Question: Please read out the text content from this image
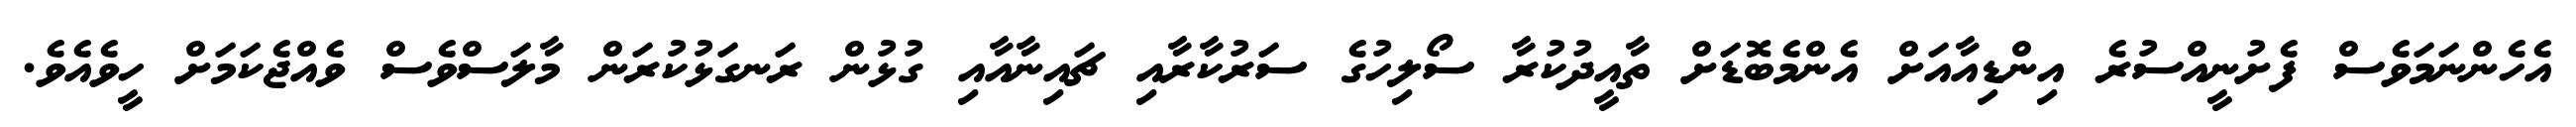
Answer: އެހެންނަމަވެސް ފެށުނީއްސުރެ އިންޑިއާއަށް އެންމެބޮޑަށް ތާއީދުކުރާ ސޯލިހުގެ ސަރުކާރާއި ޗައިނާއާއި ގުޅުން ރަނގަޅުކުރަން މާލަސްވެސް ވެއްޖެކަމަށް ހީވެއެވެ.